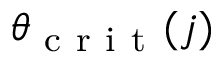
\theta _ { \mathrm { ~ c ~ r ~ i ~ t ~ } } ( j )